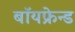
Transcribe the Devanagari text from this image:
बॉयफ्रेन्ड